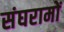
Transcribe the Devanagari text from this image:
संघरामों